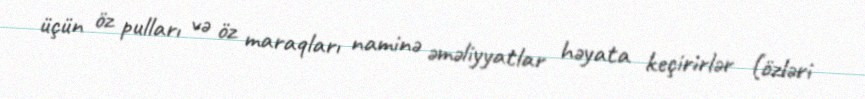
üçün öz pulları və öz maraqları naminə əməliyyatlar həyata keçirirlər (özləri